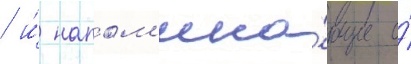
/ и́ напом'ина́ющие о́